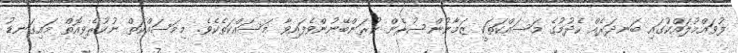
ފުވައްމުލައްކުގައި ބަނދަރެއް ހެދުމުގެ މަސައްކަތަކީ ޒަމާނުންސުރެން ކުރަންބޭނުންވެފައިވާ މަސައްކަތެކެވެ. މިމަސައްކަތް ނުކުރެވިއޮތް މައިގަނޑު